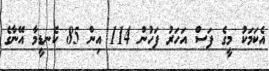
އެކަމަކު މީގެ ފަސް އަހަރު ފަހުން 114 އިން 85 ކެނޑީމާ އޭނާގެ